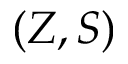
( Z , S )